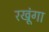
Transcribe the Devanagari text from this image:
रखूंगा